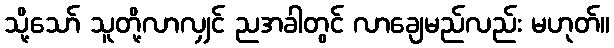
သို့သော် သူတို့လာလျှင် ညအခါတွင် လာချေမည်လည်း မဟုတ်။